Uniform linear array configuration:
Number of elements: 4
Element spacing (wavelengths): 1
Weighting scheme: blackman
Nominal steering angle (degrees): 30
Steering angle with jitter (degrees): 28.841
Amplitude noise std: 0.05
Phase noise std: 0.05

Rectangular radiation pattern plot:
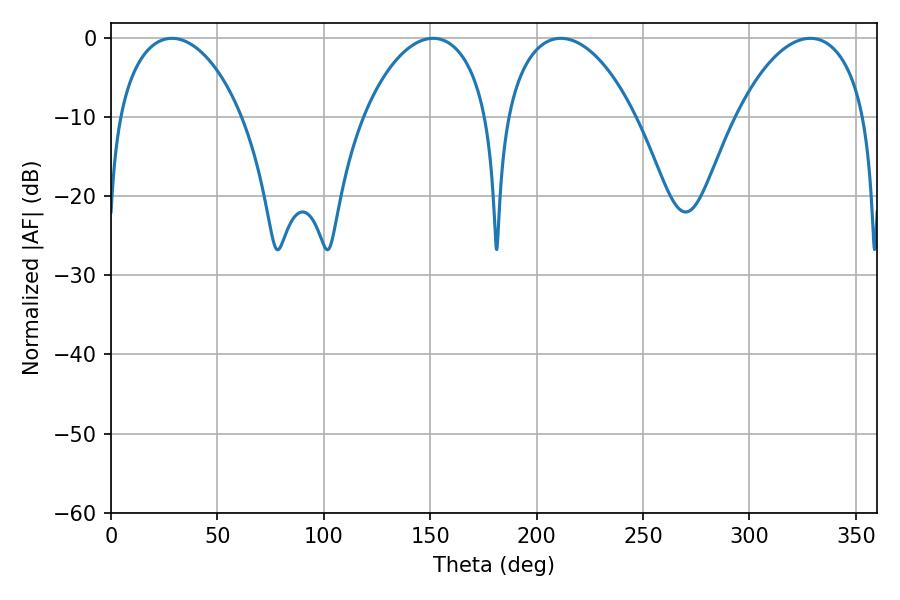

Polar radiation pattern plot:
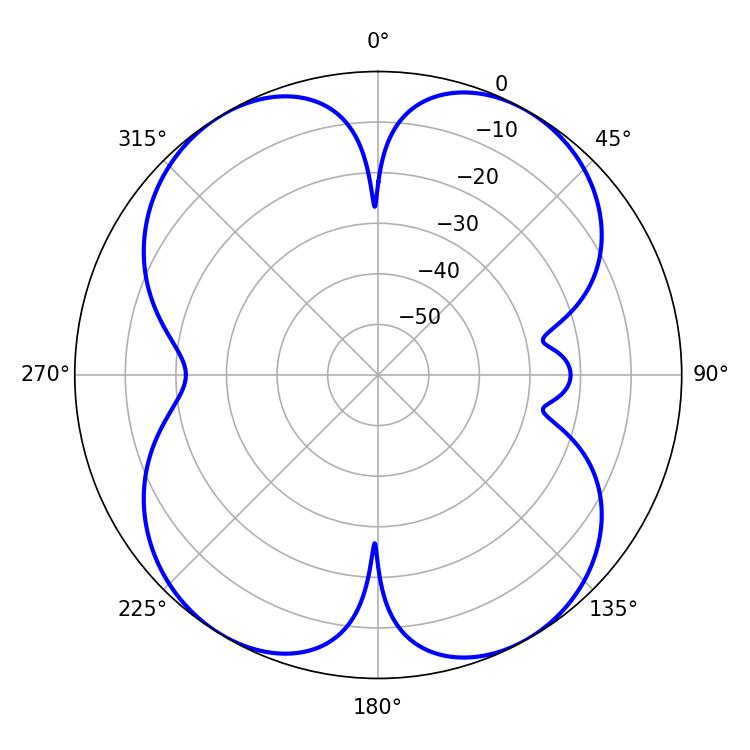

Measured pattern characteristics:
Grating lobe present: TRUE
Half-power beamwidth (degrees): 33.48
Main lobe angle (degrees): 28.62